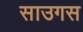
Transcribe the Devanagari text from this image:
साउगस